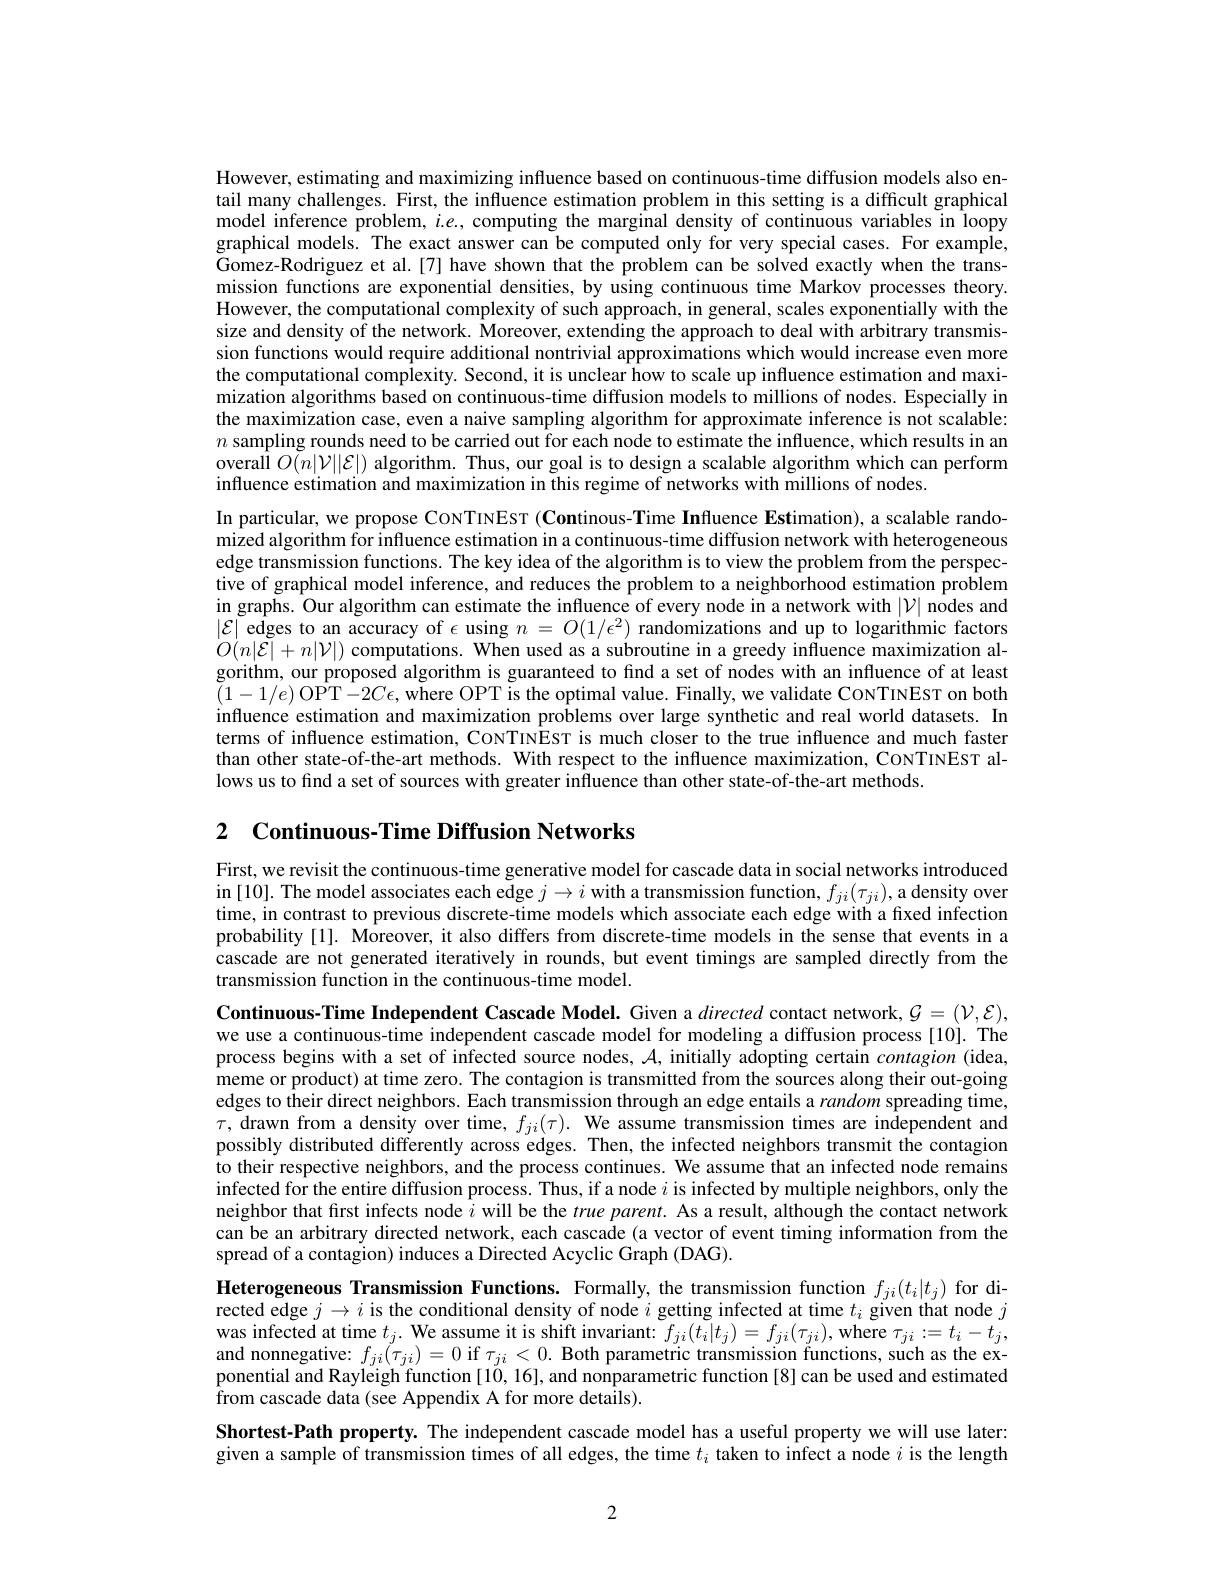
However, estimating and maximizing influence based on continuous-time diffusion models also entail many challenges. First, the influence estimation problem in this setting is a difficult graphical model inference problem, $i.e.$, computing the marginal density of continuous variables in loopy graphical models. The exact answer can be computed only for very special cases. For example, Gomez-Rodriguez et al.[7] have shown that the problem can be solved exactly when the transmission functions are exponential densities, by using continuous time Markov processes theory. However, the computational complexity of such approach, in general, scales exponentially with the size and density of the network. Moreover, extending the approach to deal with arbitrary transmission functions would require additional nontrivial approximations which would increase even more the computational complexity. Second, it is unclear how to scale up influence estimation and maximization algorithms based on continuous-time diffusion models to millions of nodes. Especially in the maximization case, even a naive sampling algorithm for approximate inference is not scalable: $n$ sampling rounds need to be carried out for each node to estimate the influence, which results in an overall $O(n|\mathcal{V}||\mathcal{E}|)$ algorithm. Thus, our goal is to design a scalable algorithm which can perform influence estimation and maximization in this regime of networks with millions of nodes.
In particular, we propose CoNTINEST (Continous-Time Influence Estimation), a scalable randomized algorithm for influence estimation in a continuous-time diffusion network with heterogeneous edge transmission functions. The key idea of the algorithm is to view the problem from the perspective of graphical model inference, and reduces the problem to a neighborhood estimation problem in graphs. Our algorithm can estimate the influence of every node in a network with $|\mathcal{V}|$ nodes and $|\mathcal{E}|$ edges to an accuracy of $\epsilon$ using $n=O(1/\epsilon^2)$ randomizations and up to logarithmic factors $O(n|\mathcal{E}|+n|\mathcal{V}|)$ computations. When used as a subroutine in a greedy influence maximization algorithm, our proposed algorithm is guaranteed to find a set of nodes with an influence of at least $(1-1/e)$ OPT$-2C\epsilon$,where OPT is the optimal value. Finally, we validate CoNTINEsT on both influence estimation and maximization problems over large synthetic and real world datasets. In terms of influence estimation, CoNTINEsT is much closer to the true influence and much faster than other state-of-the-art methods. With respect to the influence maximization, CoNTINEST allows us to find a set of sources with greater influence than other state-of-the-art methods.

2 $\textbf{Continuous- Time Diffusion Networks}$

First, we revisit the continuous-time generative model for cascade data in social networks introduced in [10]. The model associates each edge $j\to i$ with a transmission function, $f_ji(\tau_{ji})$,a density over time, in contrast to previous discrete-time models which associate each edge with a fixed infection probability[1]. Moreover, it also differs from discrete-time models in the sense that events in a cascade are not generated iteratively in rounds, but event timings are sampled directly from the transmission function in the continuous-time model.

Continuous-Time Independent Cascade Model. Given a directed contact network, $\mathcal{G}=(\mathcal{V},\mathcal{E})$, we use a continuous-time independent cascade model for modeling a diffusion process[10]. The process begins with a set of infected source nodes, $\mathcal{A}$, initially adopting certain contagion (idea, meme or product) at time zero. The contagion is transmitted from the sources along their out-going edges to their direct neighbors. Each transmission through an edge entails a random spreading time, $\tau$, drawn from a density over time, $f_ji(\tau).$ We assume transmission times are independent and possibly distributed differently across edges. Then, the infected neighbors transmit the contagion to their respective neighbors, and the process continues. We assume that an infected node remains infected for the entire diffusion process. Thus, if a node $i$ is infected by multiple neighbors, only the neighbor that first infects node $\hat{i}$ will be the true parent. As a result, although the contact network can be an arbitrary directed network, each cascade (a vector of event timing information from the spread of a contagion) induces a Directed Acyclic Graph (DAG).

Heterogeneous Transmission Functions. Formally, the transmission function $f_{ji}(t_i|t_j)$ for directed edge $j\to i$ is the conditional density of node $i$ getting infected at time $t_i$ given that node $j$ was infected at time $t_j.$ We assume it is shift invariant: $f_ji(t_i|t_j)=f_{ji}(\tau_{ji})$, where $\tau_ji:=t_i-t_j$, and nonnegative: $f_ji(\tau_{ji})=0$ if $\tau_{ji}<0.$ Both parametric transmission functions, such as the exponential and Rayleigh function [10,16],and nonparametric function [8] can be used and estimated $\hat{\mathrm{from~cascade~data~(see~Appendix~A~for~more~details)}}.$

Shortest-Path property. The independent cascade model has a useful property we will use later: given a sample of transmission times of all edges, the time $t_i$ taken to infect a node $i$ is the length

2